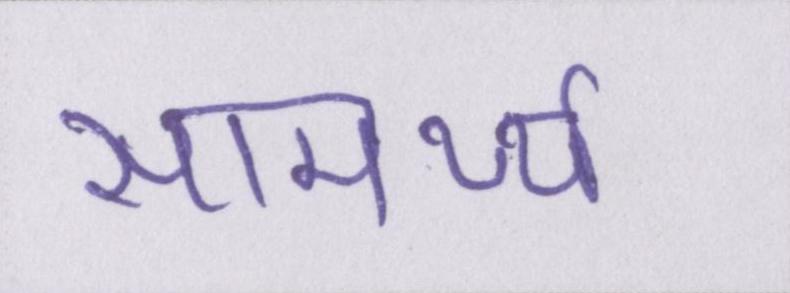
सामर्थ्य